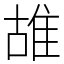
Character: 䧸